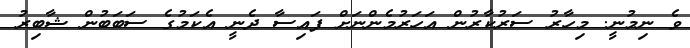
ވެ ނިމުނީ. މިހާރު ސަރުކާރުން އަހަރުމެންނަށް ފައިސާ ދެނީ އެކަމުގެ ސަބަބުން ޝާބިރު